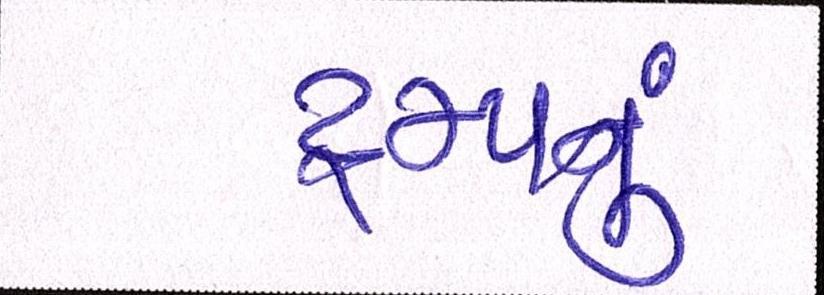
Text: ટ્રમ્પનું